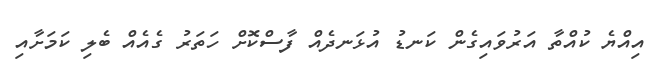
އިއްޔެ ކުއްތާ އަރުވައިގެން ކަނޑު އުޅަނދެއް ފާސްކޮށް ހަތަރު ގެއެއް ބެލި ކަމަށާއި